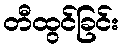
တီထွင်ခြင်း